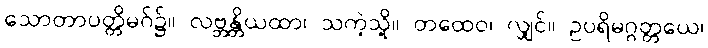
သောတာပတ္တိမဂ်၌။ လဗ္ဘန္တိယထာ၊ သကဲ့သို့။ တထေဝ၊ လျှင်။ ဥပရိမဂ္ဂတ္တယေ၊